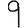
Digit: 9